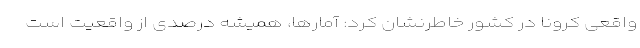
واقعی کرونا در کشور خاطرنشان کرد: آمارها، همیشه درصدی از واقعیت است